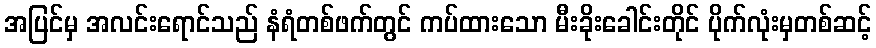
အပြင်မှ အလင်းရောင်သည် နံရံတစ်ဖက်တွင် ကပ်ထားသော မီးခိုးခေါင်းတိုင် ပိုက်လုံးမှတစ်ဆင့်